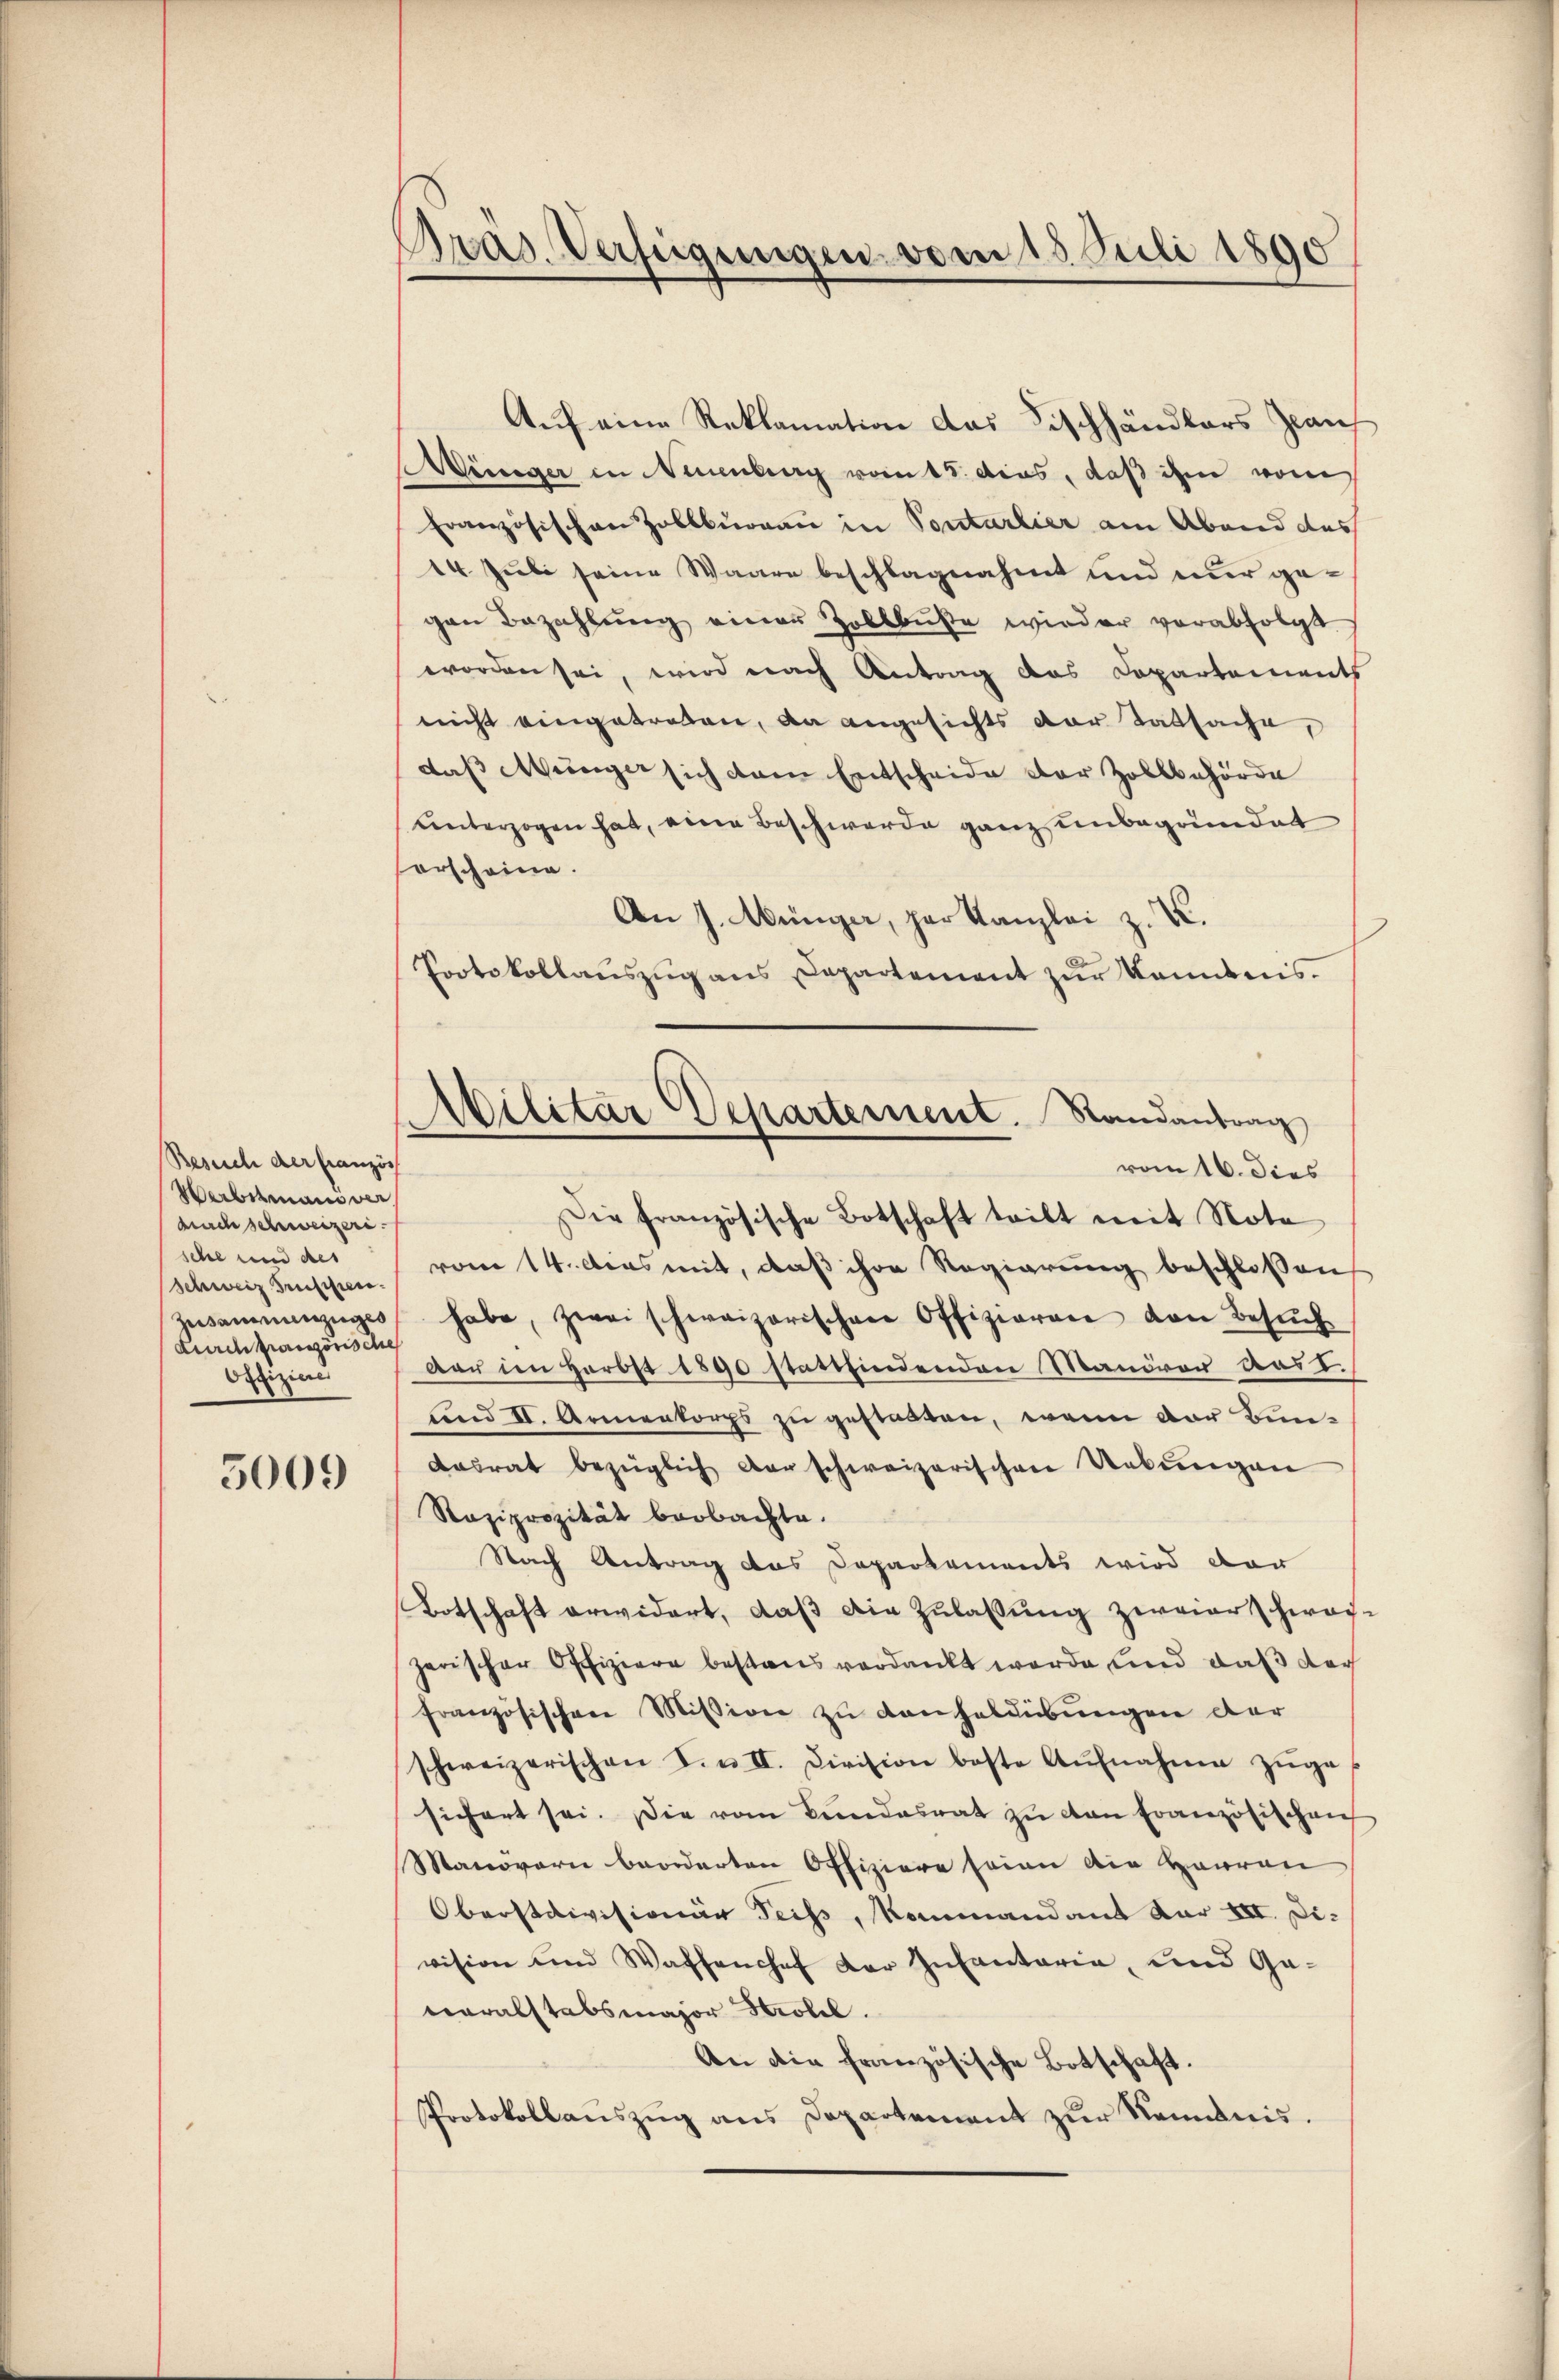
Besuch der französ
Verbitmans ver
durch schweizeri
sche und des
Schweiz Gruppen.
Zusammenzuges
Durchanzösische
Offiziere

5009

Bras. Verfügungen vom 15. Juli 1890

Auf eine Reklamation das Fischhändlers Zwaif
ünger in Neuenburg vom 15. dies, daß ihm vom
Französischen Zollbüreau in Sontarlier am Abend des
14. Juli seine Waare beschlagnahmt und einer gegen Bezahlung einer Zollbuße wieder verabfolgt
worden sei, wird nach Antrag das Departements
nicht eingetreten, da angesichts der Tatsache,
das Menger sich dann Entscheide der Zollbehörde
unterzogen hat, eine Beschwerde ganz unbegründet
orscheine.
An J. Münger, par Kanzlei z. B.
Protokollauszug aus Departement zur Kenntnis.
Die französische Botschaft teilt mit Nota
vom 14. dies mit, daß ihre Regierung beschlossen
habe, zwei schweizerischen Offizieren von Besŭch
der in Herbst 1890 stattfindenden Manöver aus I.
fnnd II. Armenkorps zu gestatten, wenn der Bun-
dasrat bezüglich der schweizerischen Uebungen
Raziprozität beobachte.
Nach Antrag das Departements wird der
Botschaft erwidert, daß die Zulassung zweierschweizerischer Offiziere bestand verdankt werde und daß der
französischen Mission zu Kanzeldübungen der
schweizerischen F. u. II. Division beste Aŭfnahme zŭge-
sichert sei. Die vom Bundesrat zŭ von Französischen
Manövern beorderten Offiziere seien die Haaren
Oberstaivisionär Teiss, Kommandant der XII. Division und Waffenchef der Infantaria, und Ge-
veralstabsmajor Strobel.
An die französische Botschaft.
Protokollaŭszŭg ans Departement zŭr Kemnis.

Militar Departement. Randantrag
vom 16. dies